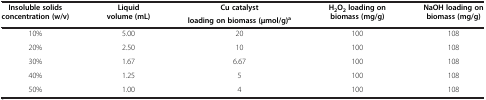
<table><thead><tr><td><b>Insoluble solids concentration (w/v)</b></td><td><b>Liquid volume (mL)</b></td><td><b>Cu catalyst</b></td><td><b>H<sub>2</sub>O<sub>2 </sub>loading on biomass (mg/g)</b></td><td><b>NaOH loading on biomass (mg/g)</b></td></tr><tr><td><b> </b></td><td><b> </b></td><td><b>loading on biomass (μmol/g)<sup>a</sup></b></td><td><b> </b></td><td><b> </b></td></tr></thead><tbody><tr><td>10%</td><td>5.00</td><td>20</td><td>100</td><td>108</td></tr><tr><td>20%</td><td>2.50</td><td>10</td><td>100</td><td>108</td></tr><tr><td>30%</td><td>1.67</td><td>6.67</td><td>100</td><td>108</td></tr><tr><td>40%</td><td>1.25</td><td>5</td><td>100</td><td>108</td></tr><tr><td>50%</td><td>1.00</td><td>4</td><td>100</td><td>108</td></tr></tbody></table>